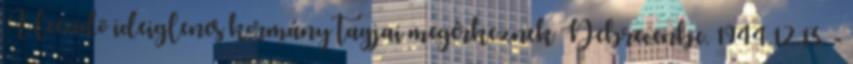
A leendõ ideiglenes kormány tagjai megérkeznek Debrecenbe. 1944.12.13. -